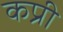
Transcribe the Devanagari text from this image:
कप्री